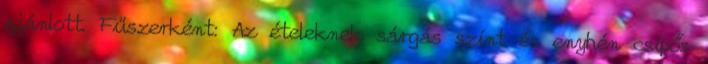
ajánlott. Fűszerként: Az ételeknek sárgás színt és enyhén csípős